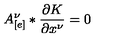
A _ { [ e ] } ^ { \nu } * \frac { \partial K } { \partial x ^ { \nu } } = 0